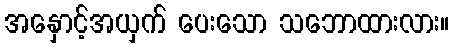
အနှောင့်အယှက် ပေးသော သဘောထားလား။